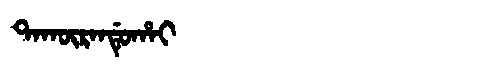
Manchu: ᡨᠠᡴᡡᡵᠠᠨᡩᡠᡥᠠᡳ
Romanization: TAKŪRANDUHAI